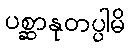
ပစ္ဆာနုတပ္ပါမိ